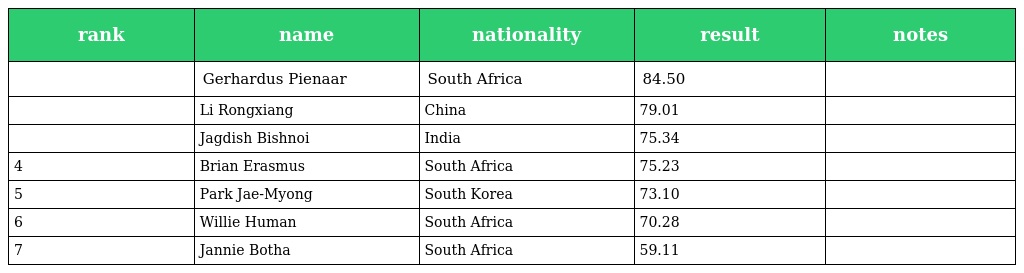
| rank | name | nationality | result | notes |
 | --- | --- | --- | --- | --- |
 |  | Gerhardus Pienaar | South Africa | 84.50 |  |
 |  | Li Rongxiang | China | 79.01 |  |
 |  | Jagdish Bishnoi | India | 75.34 |  |
 | 4 | Brian Erasmus | South Africa | 75.23 |  |
 | 5 | Park Jae-Myong | South Korea | 73.10 |  |
 | 6 | Willie Human | South Africa | 70.28 |  |
 | 7 | Jannie Botha | South Africa | 59.11 |  |